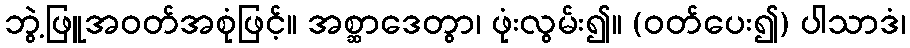
ဘွဲ့ဖြူအဝတ်အစုံဖြင့်။ အစ္ဆာဒေတွာ၊ ဖုံးလွမ်း၍။ (ဝတ်ပေး၍) ပါသာဒံ၊